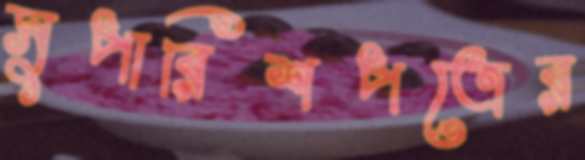
সুপারিশপত্রের